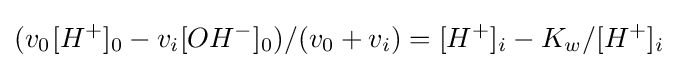
(v_{0{^{}}}[H^{+}]_{0}-v_{i}[OH^{-}]_{0})/(v_{0}+v_{i})=[H^{+}]_{i}-K_{w}/[H^{+}]_{i}